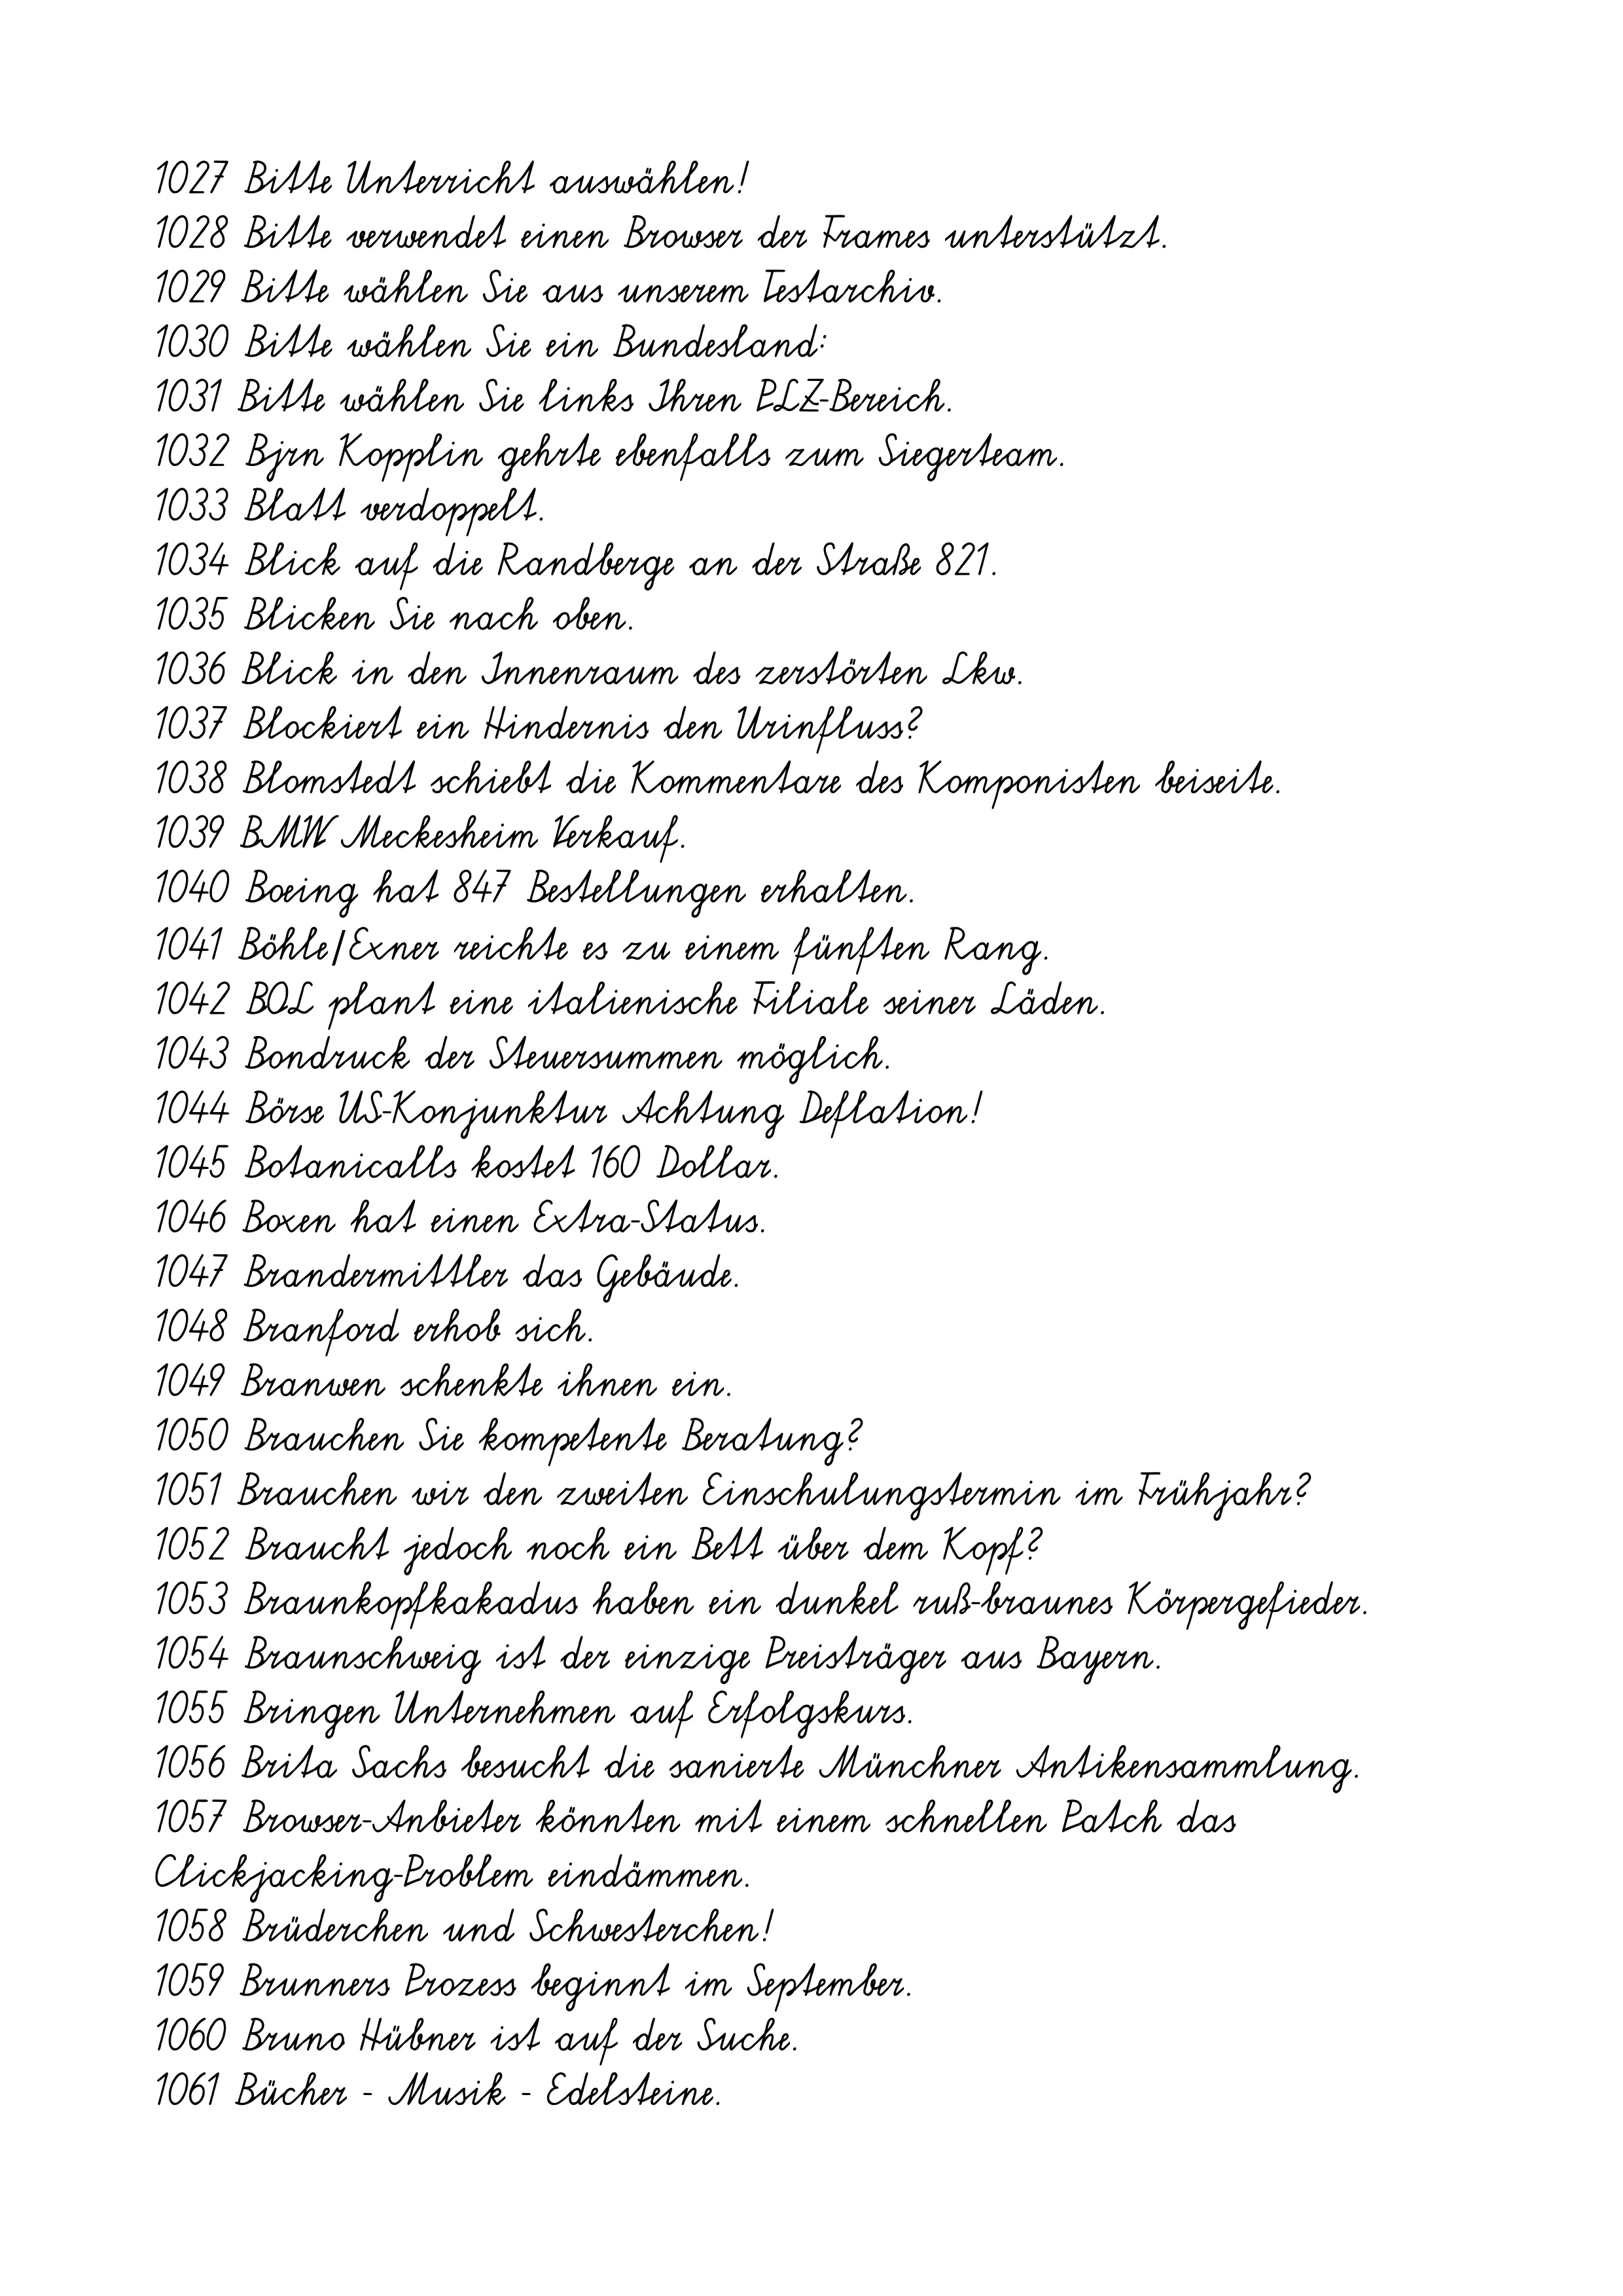
1027 Bitte Unterricht auswählen!
1028 Bitte verwendet einen Browser der Frames unterstützt.
1029 Bitte wählen Sie aus unserem Testarchiv.
1030 Bitte wählen Sie ein Bundesland:
1031 Bitte wählen Sie links Ihren PLZ-Bereich.
1032 Bjrn Kopplin gehrte ebenfalls zum Siegerteam.
1033 Blatt verdoppelt.
1034 Blick auf die Randberge an der Straße 821.
1035 Blicken Sie nach oben.
1036 Blick in den Innenraum des zerstörten Lkw.
1037 Blockiert ein Hindernis den Urinfluss?
1038 Blomstedt schiebt die Kommentare des Komponisten beiseite.
1039 BMW Meckesheim Verkauf.
1040 Boeing hat 847 Bestellungen erhalten.
1041 Böhle/Exner reichte es zu einem fünften Rang.
1042 BOL plant eine italienische Filiale seiner Läden.
1043 Bondruck der Steuersummen möglich.
1044 Börse US-Konjunktur Achtung Deflation!
1045 Botanicalls kostet 160 Dollar.
1046 Boxen hat einen Extra-Status.
1047 Brandermittler das Gebäude.
1048 Branford erhob sich.
1049 Branwen schenkte ihnen ein.
1050 Brauchen Sie kompetente Beratung?
1051 Brauchen wir den zweiten Einschulungstermin im Frühjahr?
1052 Braucht jedoch noch ein Bett über dem Kopf?
1053 Braunkopfkakadus haben ein dunkel ruß-braunes Körpergefieder.
1054 Braunschweig ist der einzige Preisträger aus Bayern.
1055 Bringen Unternehmen auf Erfolgskurs.
1056 Brita Sachs besucht die sanierte Münchner Antikensammlung.
1057 Browser-Anbieter könnten mit einem schnellen Patch das
Clickjacking-Problem eindämmen.
1058 Brüderchen und Schwesterchen!
1059 Brunners Prozess beginnt im September.
1060 Bruno Hübner ist auf der Suche.
1061 Bücher - Musik - Edelsteine.